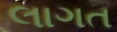
લાગત